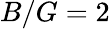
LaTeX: B/G=2